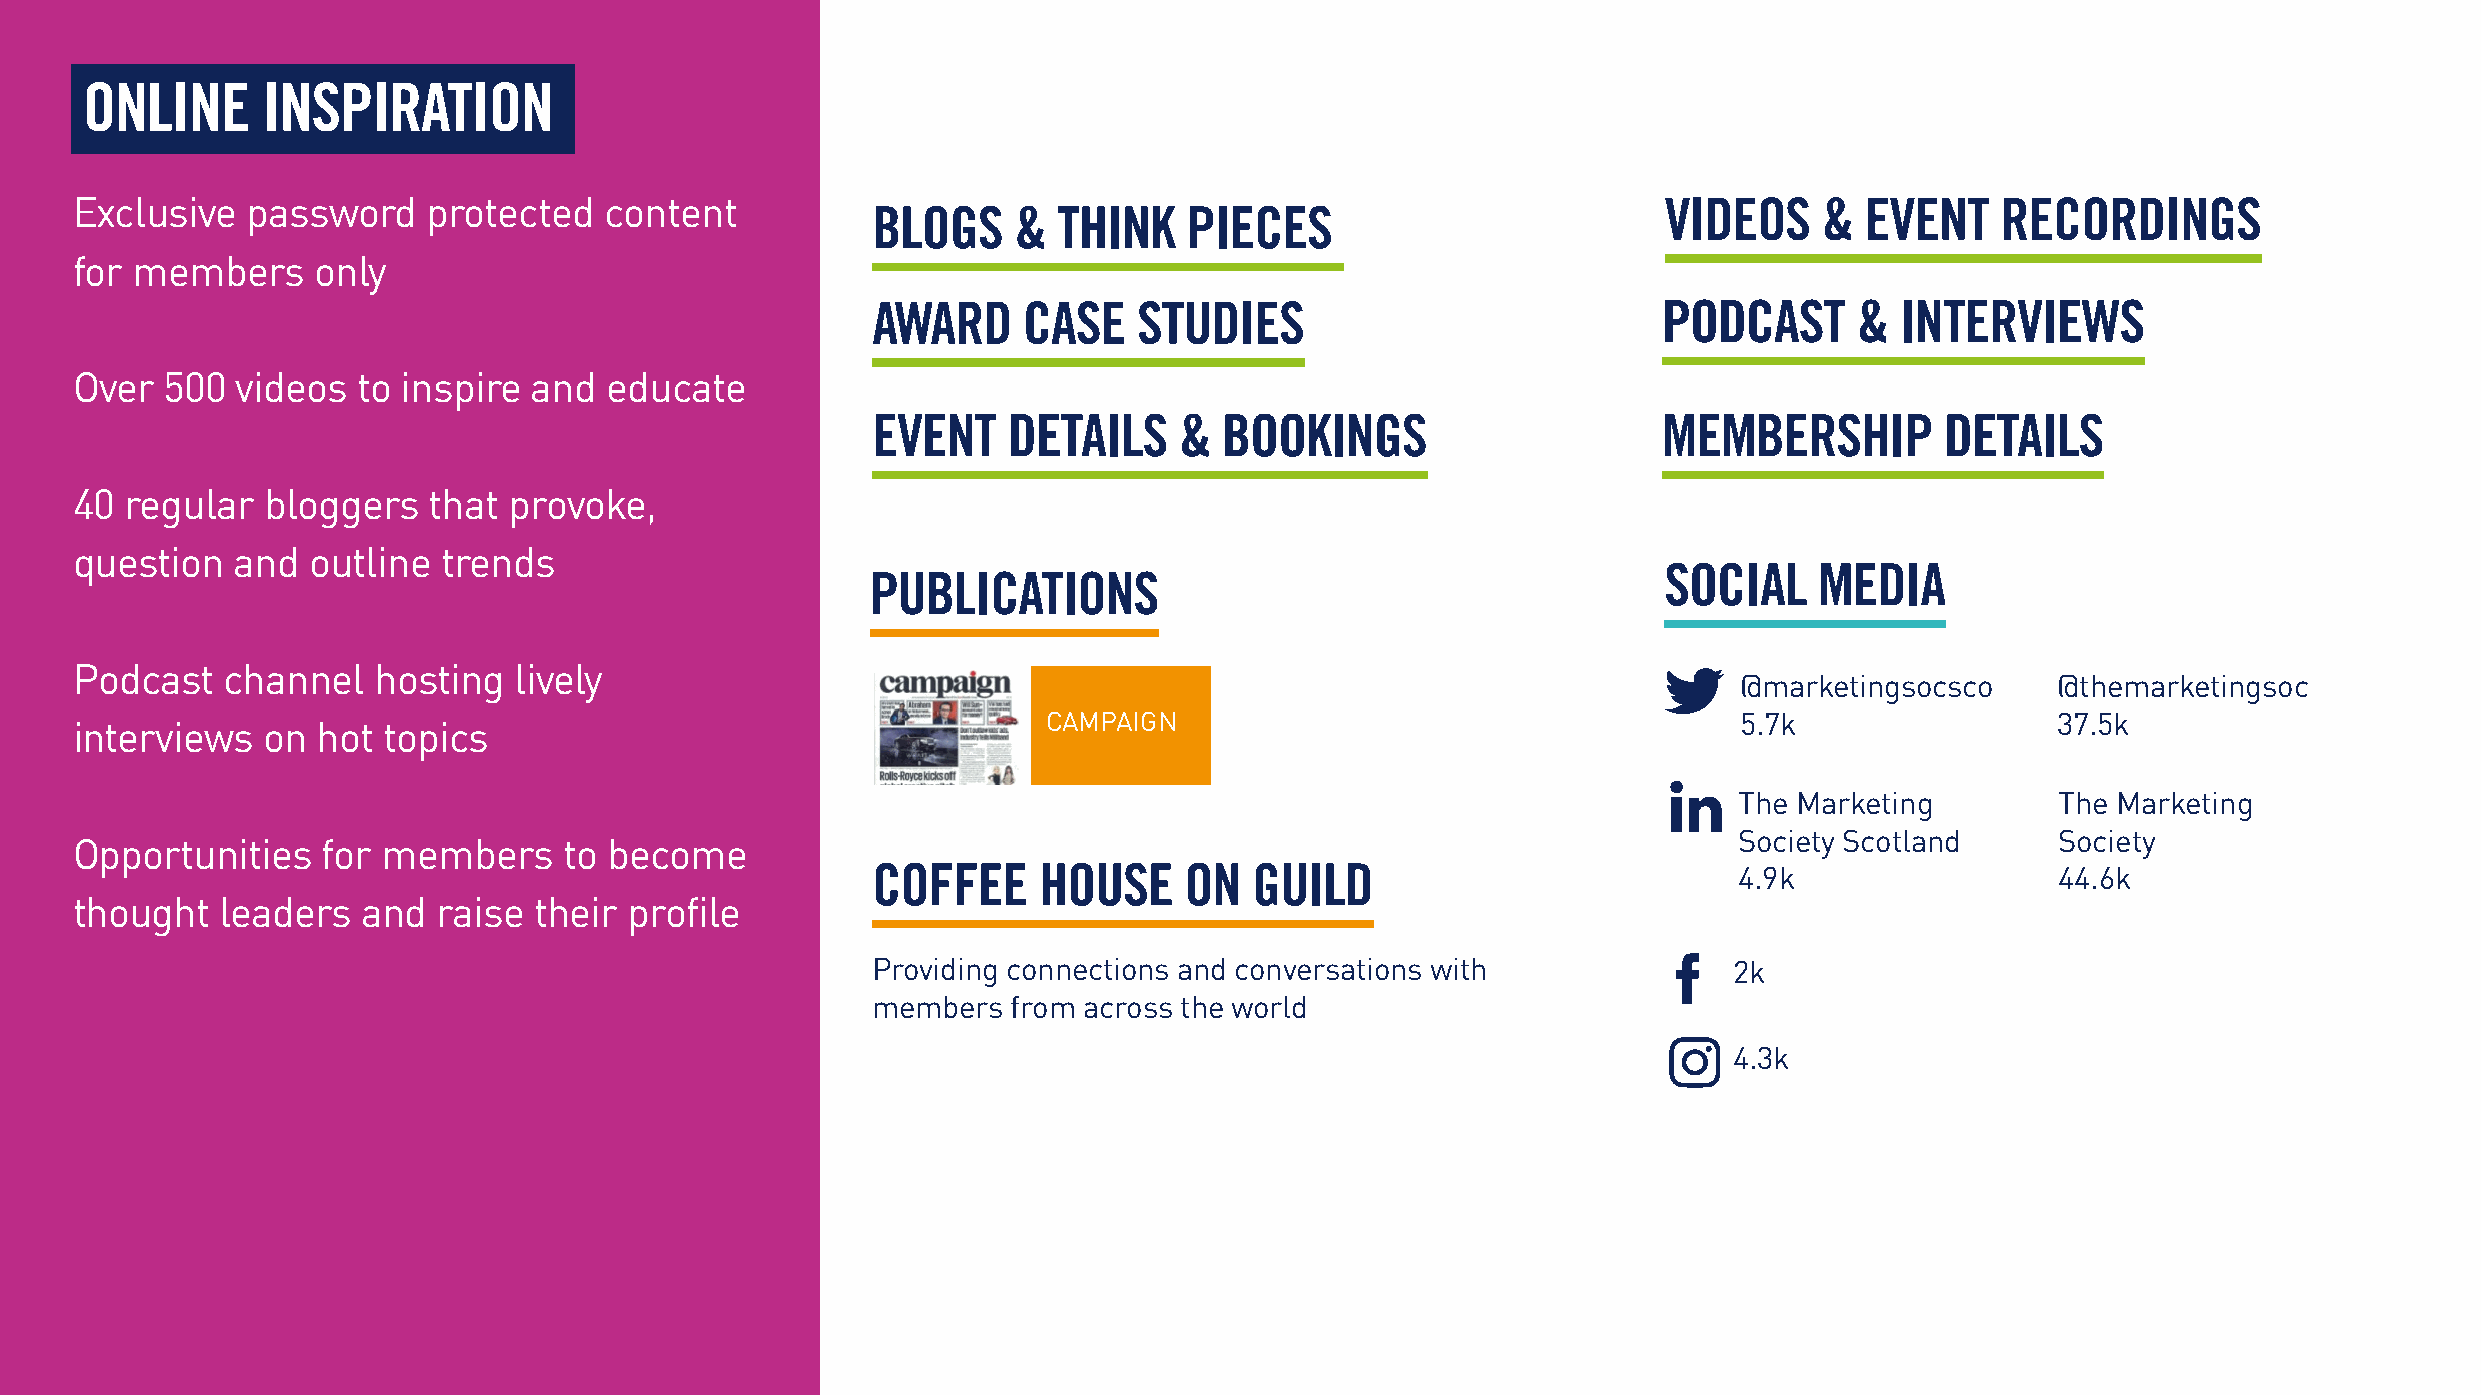
ONLINE      INSPIRATION
 Exclusive  password    protected   content                                                               VIDEOS     & EVENT    RECORDINGS
 BLOGS    &  THINK    PIECES
 for members     only
 AWARD     CASE   STUDIES                            PODCAST      &  INTERVIEWS
 Over  500  videos  to inspire and  educate
 EVENT    DETAILS    &  BOOKINGS                     MEMBERSHIP         DETAILS
 40 regular  bloggers   that  provoke,
 question   and outline  trends
 SOCIAL    MEDIA
 PUBLICATIONS
 Podcast   channel   hosting  lively
 @marketingsocsco     @themarketingsoc
 CAMPAIGN                                      5.7k                 37.5k
 interviews  on  hot topics
 The Marketing        The Marketing
 Society Scotland     Society
 Opportunities   for members     to become
 COFFEE     HOUSE    ON   GUILD                           4.9k                 44.6k
 thought   leaders  and  raise their  profile
 Providing connections and conversations with             2k
 members  from across the world
 4.3k